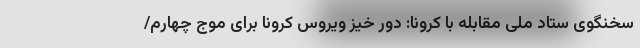
سخنگوی ستاد ملی مقابله با کرونا: دور خیز ویروس کرونا برای موج چهارم/